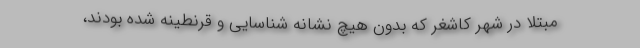
مبتلا در شهر کاشغر که بدون هیچ نشانه شناسایی و قرنطینه شده بودند،